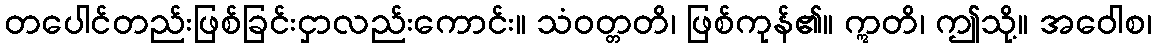
တပေါင်တည်းဖြစ်ခြင်းငှာလည်းကောင်း။ သံဝတ္တတိ၊ ဖြစ်ကုန်၏။ ဣတိ၊ ဤသို့။ အဝေါစ၊